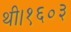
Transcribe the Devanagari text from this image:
थी।१६०३